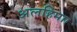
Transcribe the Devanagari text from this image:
अलहिमाा